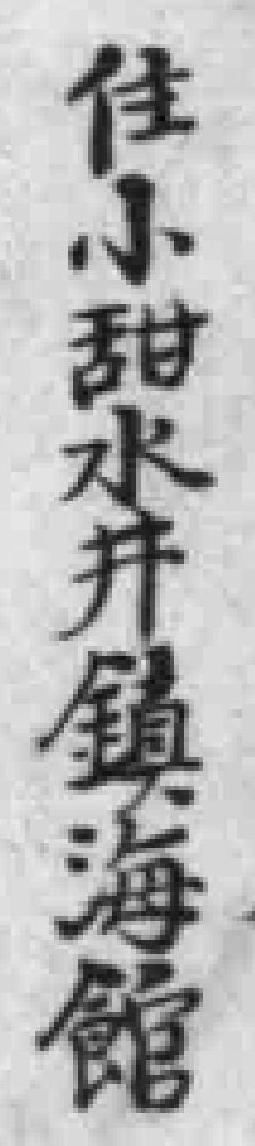
佳小甜水井鎮海館